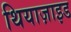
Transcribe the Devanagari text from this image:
थियाज़ाइड